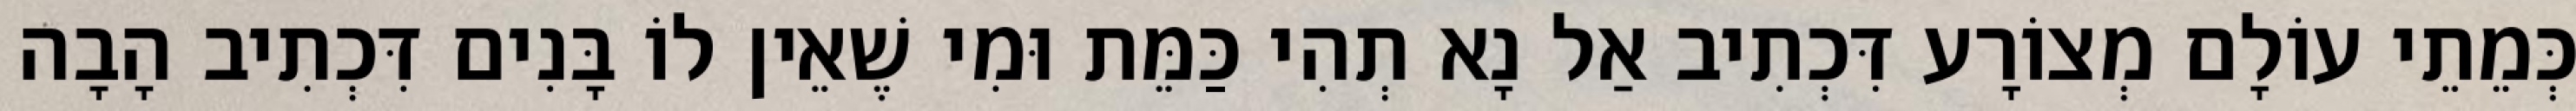
כְּמֵתֵי עוֹלָם מְצוֹרָע דִּכְתִיב אַל נָא תְהִי כַּמֵּת וּמִי שֶׁאֵין לוֹ בָּנִים דִּכְתִיב הָבָה